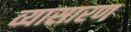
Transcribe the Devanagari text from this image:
व्यासारण